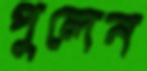
পুলেন